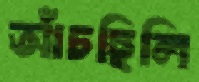
আঁচছিলি